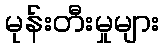
မုန်းတီးမှုများ